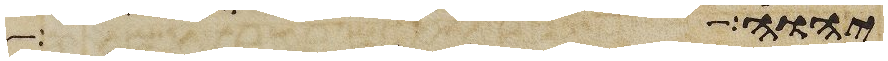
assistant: יהוה גדול